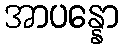
အာပန္နော